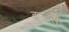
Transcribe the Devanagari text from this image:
इन्‍डस